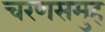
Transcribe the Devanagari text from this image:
चरणसमुह